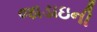
જાડાઇની